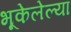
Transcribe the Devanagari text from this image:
भूकेलेल्या